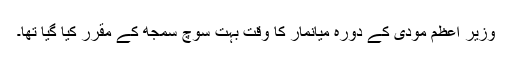
وزیر اعظم مودی کے دورہ میانمار کا وقت بہت سوچ سمجھ کے مقرر کیا گیا تھا۔